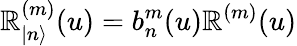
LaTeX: \mathbb{R}_{|n\rangle}^{(m)}(u)=b_{n}^{m}(u)\mathbb{R}^{(m)}(u)